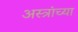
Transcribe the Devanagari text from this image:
अस्त्रांच्या